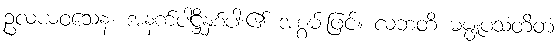
ဥလယဝသေန၊ အနက်ပါဋ္ဌိနှစ်ပါး၏ အစွမ်းဖြင့်။ လဘတိ ဓမ္မူပသံတိတံ